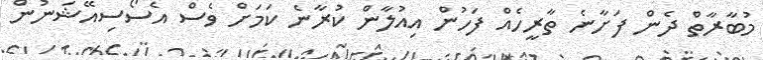
މުބާރާތް ދެން ފަށާނެ ތާރީހެއް ފަހުން އިއުލާން ކުރާނެ ކަމަށް ވެސް އެސޯސިއޭޝަނުން